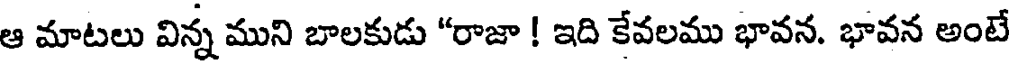
ఆ మాటలు విన్న ముని బాలకుడు "రాజా ! ఇది కేవలము భావన. భావన అంటే